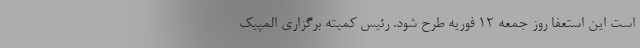
است این استعفا روز جمعه ۱۲ فوریه طرح شود. رئیس کمیته برگزاری المپیک